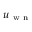
u _ { \mathrm { ~ w ~ n ~ } }